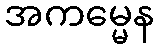
အကမ္မေန